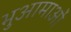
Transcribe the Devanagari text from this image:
भुआमाओं